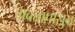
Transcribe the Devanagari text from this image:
गवतापासुन